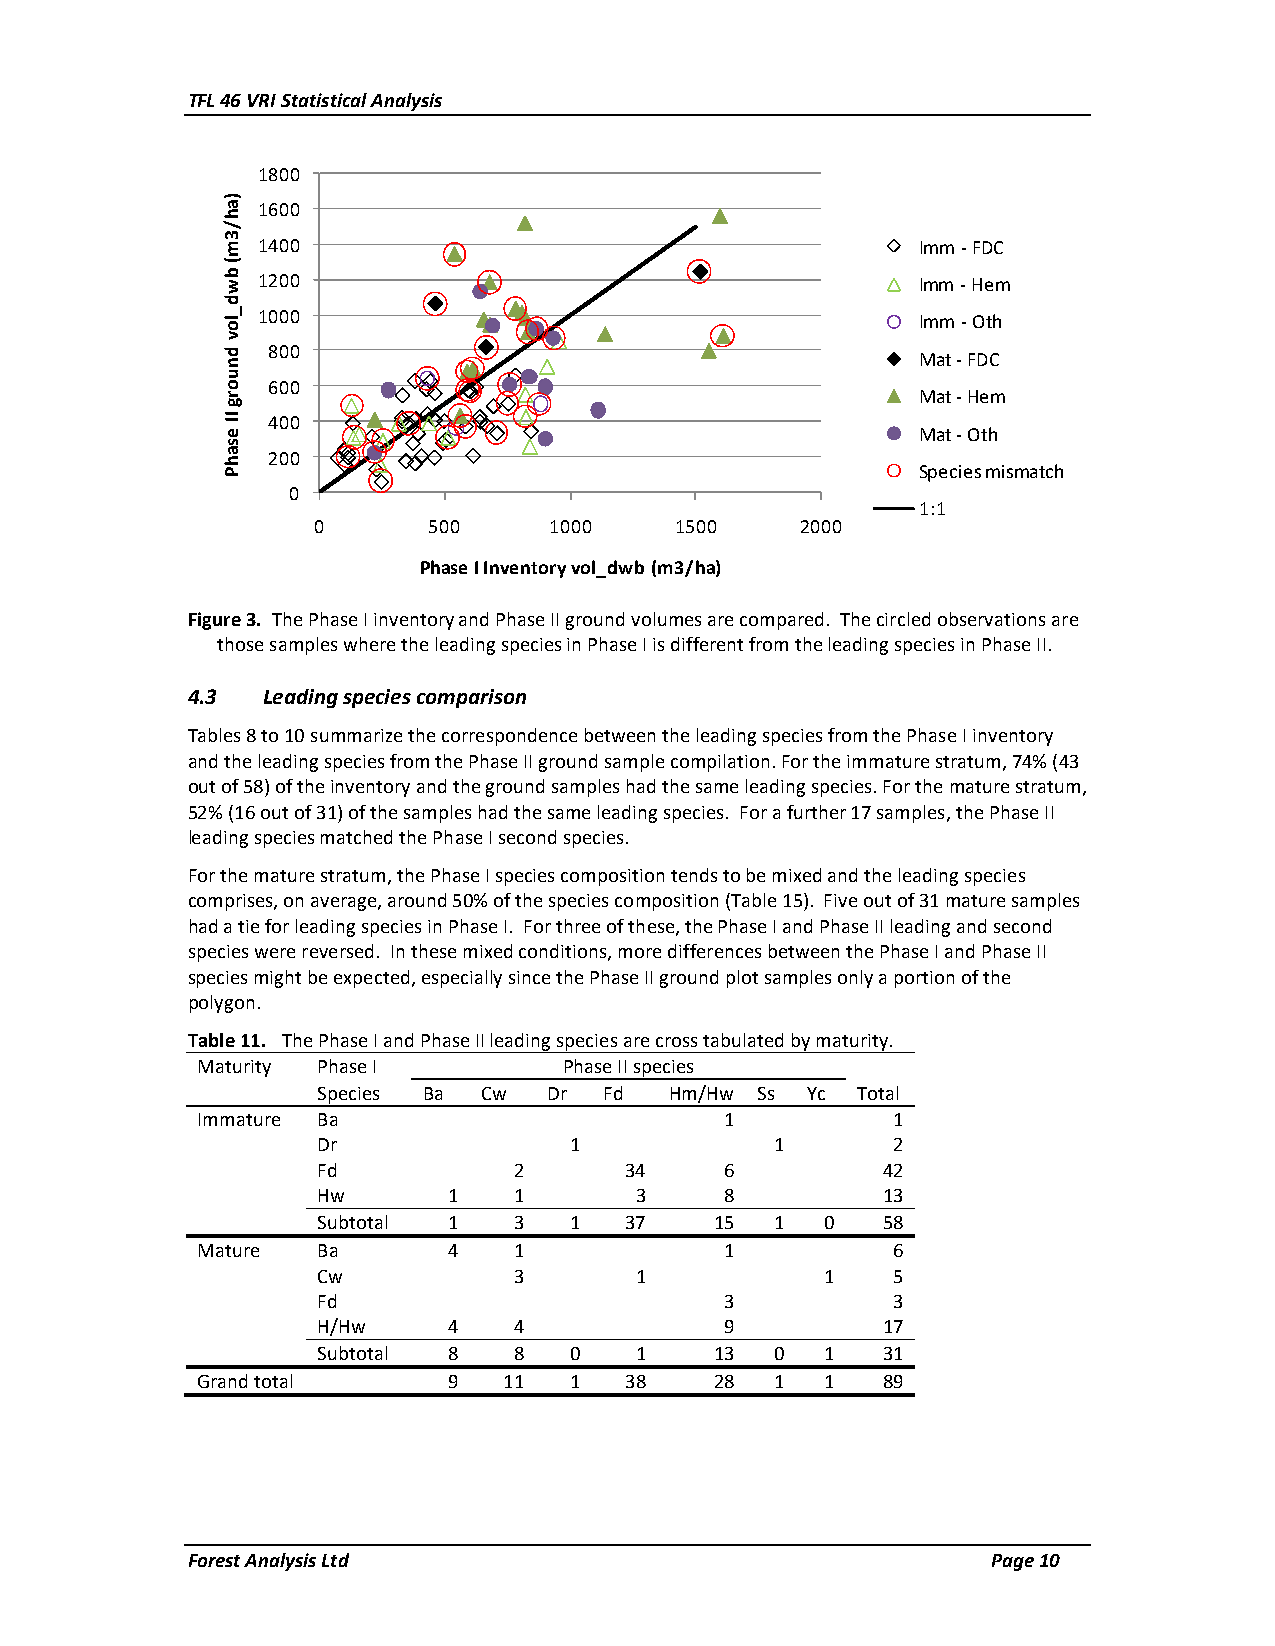
TFL 46 VRI Statistical Analysis
 1800
 1600
 1400                                        Imm -FDC
 1200                                        Imm -Hem
 1000                                        Imm -Oth
 800                                        Mat -FDC
 600
 Mat -Hem
 400
 Mat -Oth
 200
 Species mismatch
 0
 1:1
 0      500     1000     1500    2000
 Phase I Inventory vol_dwb (m3/ha)
 Figure 3. The Phase I inventory and Phase II ground volumes are compared. The circled observations are
 those samples where the leading species in Phase I is different from the leading species in Phase II.
 4.3  Leading species comparison
 Tables 8 to 10 summarize the correspondence between the leading species from the Phase I inventory
 and the leading species from the Phase II ground sample compilation. For the immature stratum, 74% (43
 out of 58) of the inventory and the ground samples had the same leading species. For the mature stratum,
 52% (16 out of 31) of the samples had the same leading species. For a further 17 samples, the Phase II
 leading species matched the Phase I second species.
 For the mature stratum, the Phase I species composition tends to be mixed and the leading species
 comprises, on average, around 50% of the species composition (Table 15). Five out of 31 mature samples
 had a tie for leading species in Phase I. For three of these, the Phase I and Phase II leading and second
 species were reversed. In these mixed conditions, more differences between the Phase I and Phase II
 species might be expected, especially since the Phase II ground plot samples only a portion of the
 polygon.
 Table 11. The Phase I and Phase II leading species are cross tabulated by maturity.
 Maturity Phase I        Phase II species
 Species Ba Cw  Dr  Fd  Hm/Hw Ss Yc  Total
 Immature Ba                        1          1
 Dr               1            1       2
 Fd           2      34     6         42
 Hw       1   1       3     8         13
 Subtotal 1   3   1  37    15  1   0  58
 Mature  Ba       4   1             1          6
 Cw           3       1            1   5
 Fd                         3          3
 H/Hw     4   4             9         17
 Subtotal 8   8   0   1    13  0   1  31
 Grand total      9  11   1  38    28  1   1  89
 Forest Analysis Ltd                                   Page 10
 )ah/3m(
 bwd_lov
 dnuorg
 II
 esahP